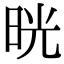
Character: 晄